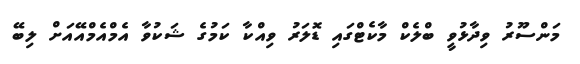
މަންސޫރު ވިދާޅުވީ ބްލެކް މާކެޓްގައި ޑޮލަރު ވިއްކާ ކަމުގެ ޝަކުވާ އެމްއެމްއޭއަށް ލިބޭ